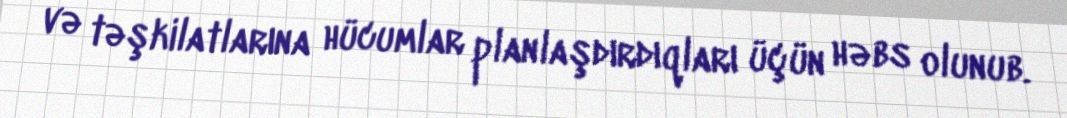
və təşkilatlarına hücumlar planlaşdırdıqları üçün həbs olunub.